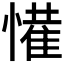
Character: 𭞹